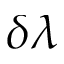
\delta \lambda